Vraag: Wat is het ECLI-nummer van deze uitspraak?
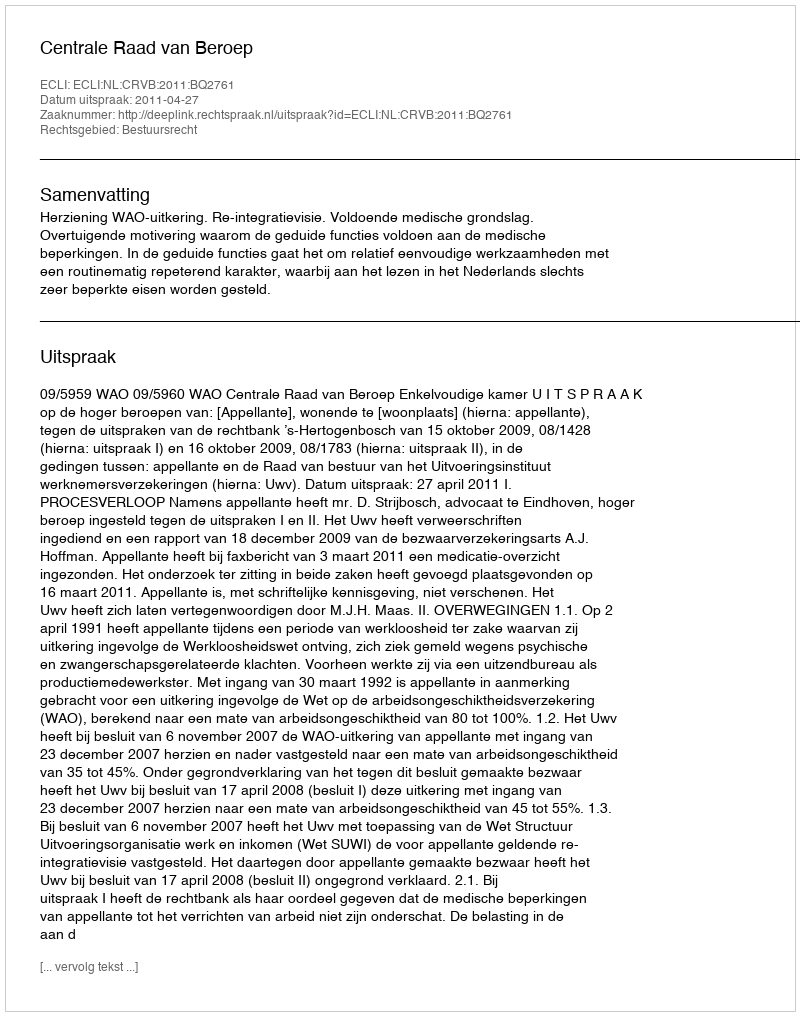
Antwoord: ECLI:NL:CRVB:2011:BQ2761